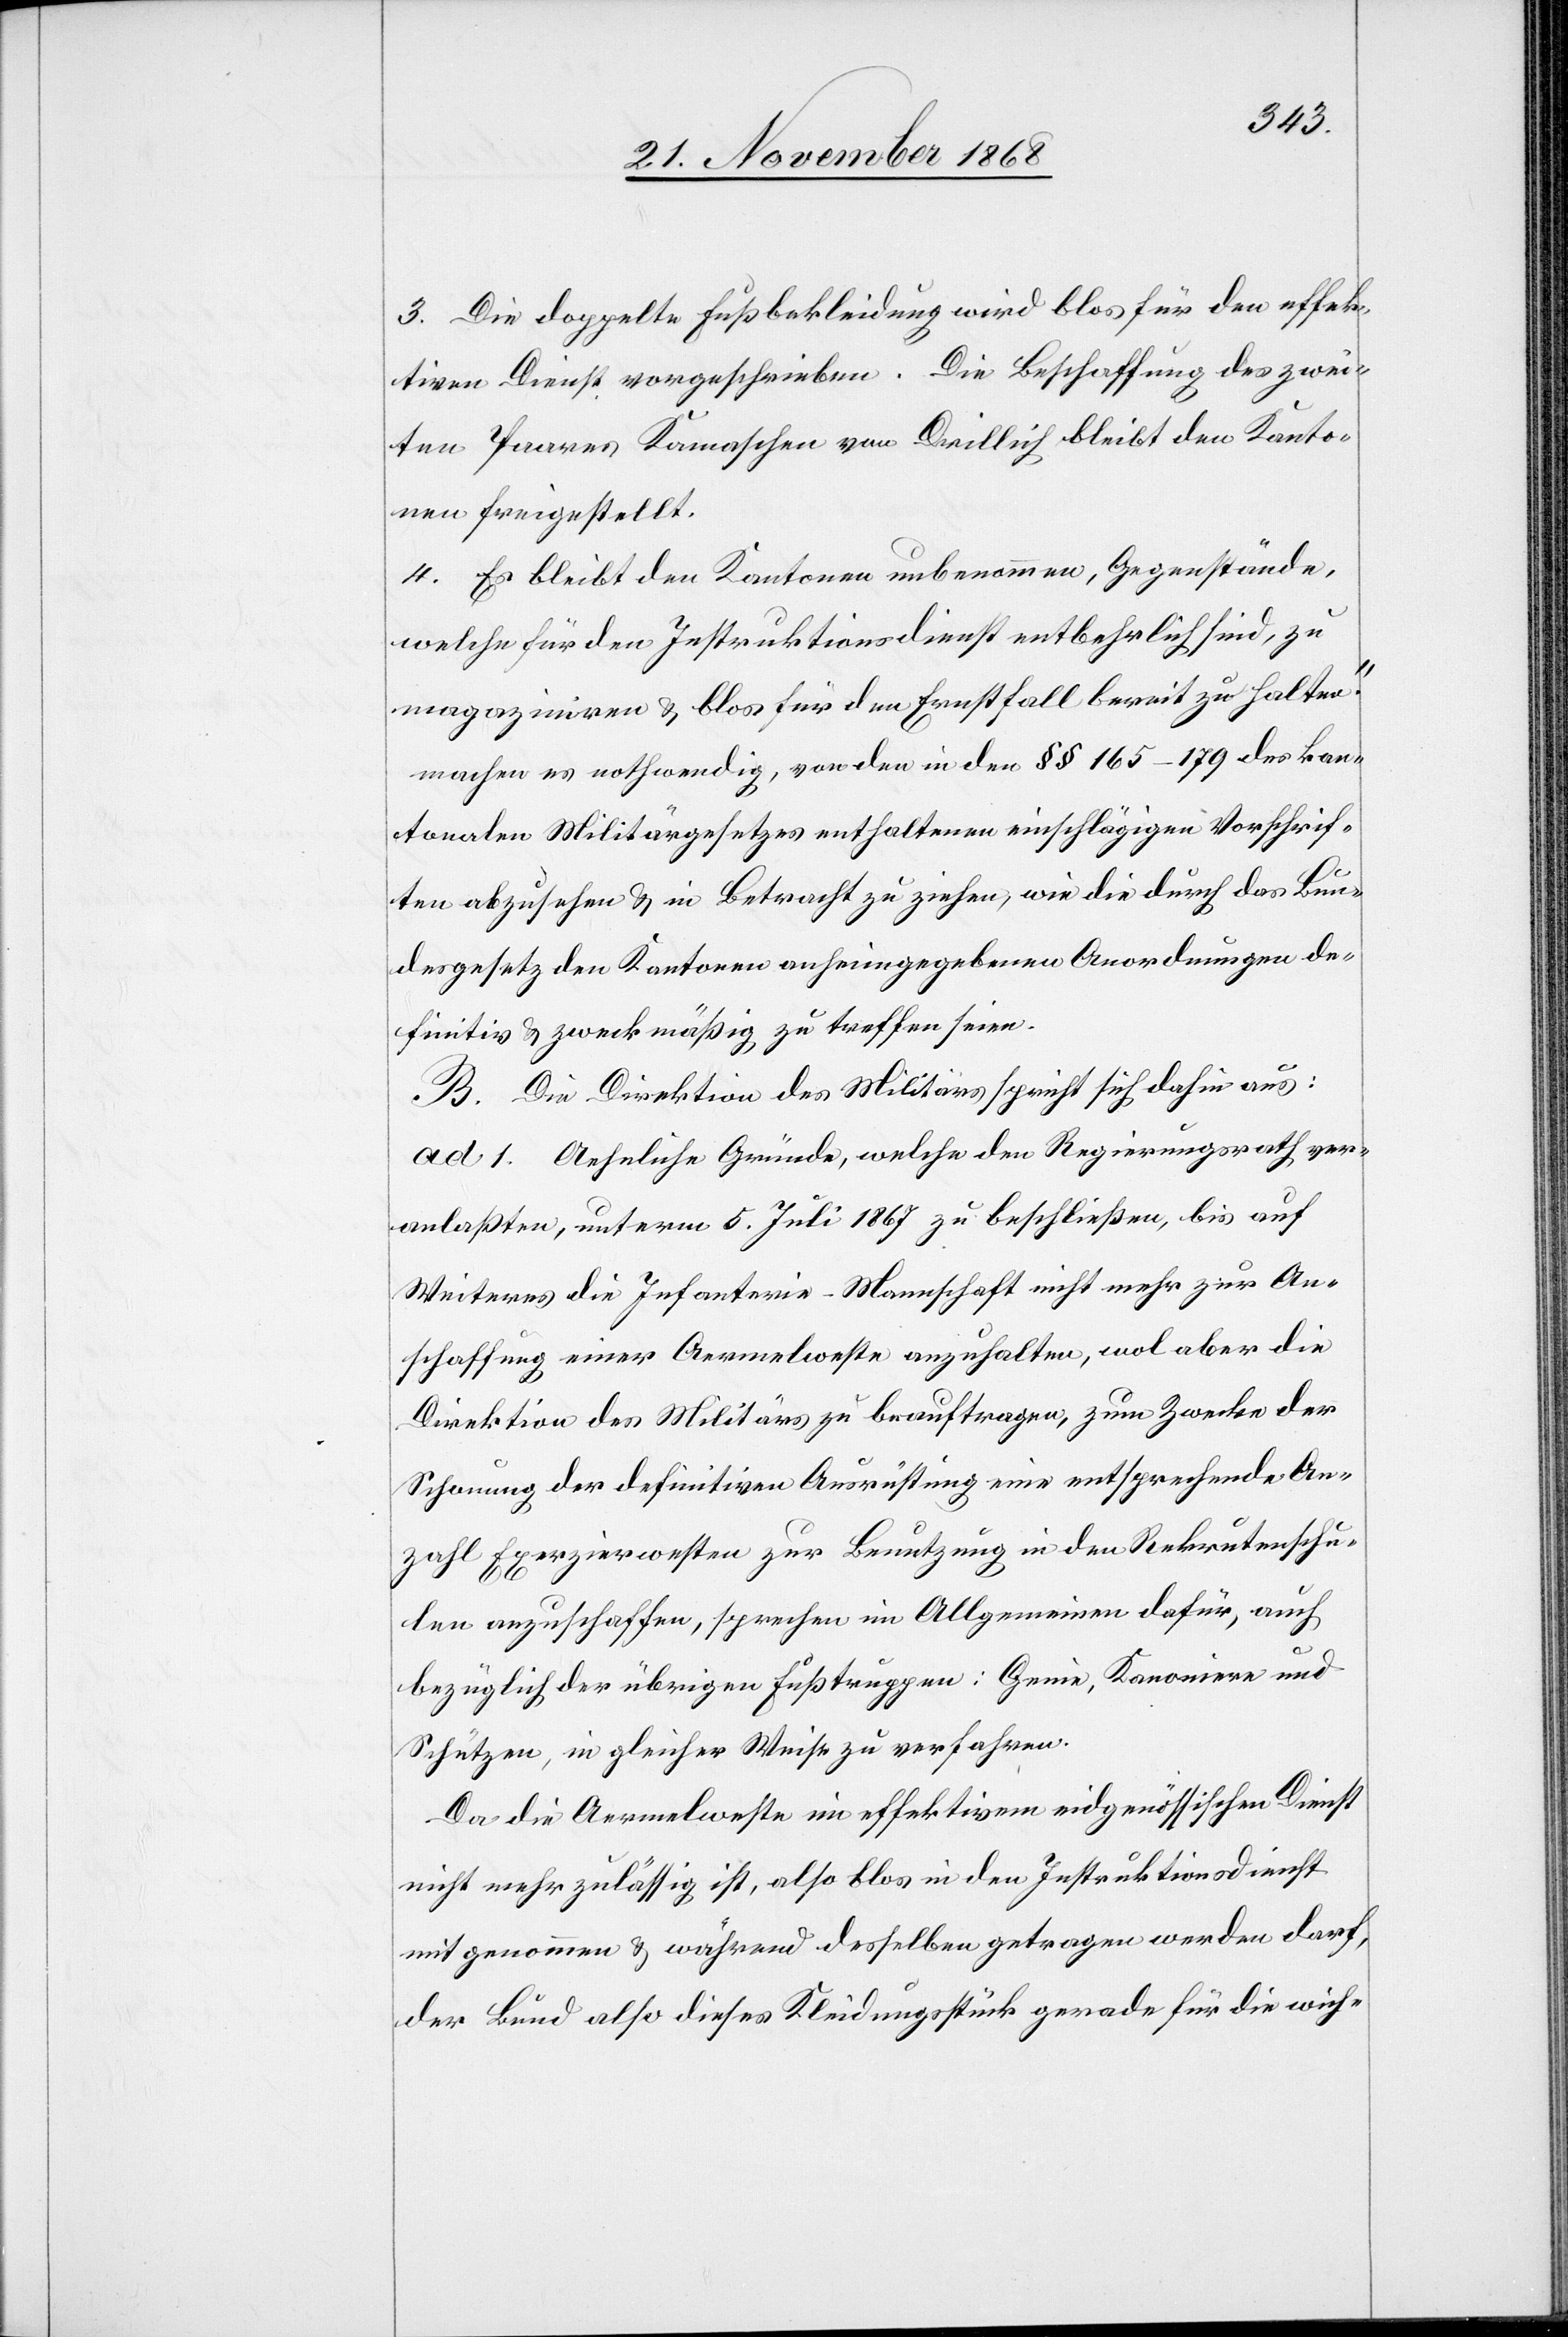
3. Die doppelte Fußbekleidung wird blos für den effek¬
tiven Dienst vorgeschrieben. Die Beschaffung des zwei¬
ten Paares Kamaschen von Drillich bleibt den Kanto¬
nen freigestellt.
4. Es bleibt den Kantonen unbenommen, Gegenstände,
welche für den Instruktionsdienst entbehrlich sind, zu
magaziniren & blos für den Ernstfall bereit zu halten.“
machen es nothwendig, von den in den §§ 165–179 des kan¬
tonalen Militärgesetzes enthaltenen einschlägigen Vorschrif¬
ten abzusehen & in Betracht zu ziehen, wie die durch das Bun¬
desgesetz den Kantonen anheimgegebenen Anordnungen de¬
finitiv & zweckmäßig zu treffen seien.
B. Die Direktion des Militärs spricht sich dahin aus:
ad 1. Aehnliche Gründe, welche den Regierungsrath ver¬
anlaßten, unterm 5. Juli 1867 zu beschließen, bis auf
Weiteres die Infanterie-Mannschaft nicht mehr zur An¬
schaffung einer Aermelweste anzuhalten, wol aber die
Direktion des Militärs zu beauftragen, zum Zwecke der
Schonung der definitiven Ausrüstung eine entsprechende An¬
zahl Exerzierwesten zur Benutzung in den Rekrutenschu¬
len anzuschaffen, sprechen im Allgemeinen dafür, auch
bezüglich der übrigen Fußtruppen: Genie, Kanoniere und
Schützen, in gleicher Weise zu verfahren.
Da die Aermelweste im effektiven eidgenössischen Dienst
nicht mehr zulässig ist, also blos in den Instruktionsdienst
mitgenommen & während desselben getragen werden darf,
der Bund also dieses Kleidungsstück gerade für die wich-